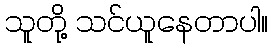
သူတို့ သင်ယူနေတာပါ။